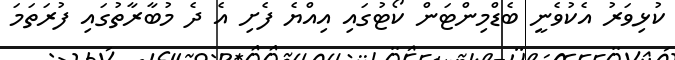
ކުޅިވަރު އެކުވެނީ ބެޑްމިންޓަން ކޯޓުގައި އިއްޔެ ފެށި އެ ދެ މުބާރާތުގައި ފުރަތަމަ